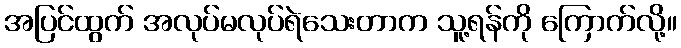
အပြင်ထွက် အလုပ်မလုပ်ရဲသေးတာက သူ့ရန်ကို ကြောက်လို့။